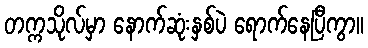
တက္ကသိုလ်မှာ နောက်ဆုံးနှစ်ပဲ ရောက်နေပြီကွာ။